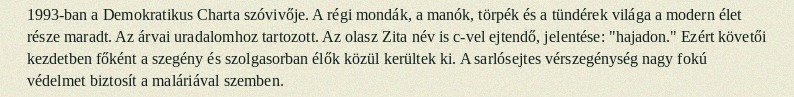
1993-ban a Demokratikus Charta szóvivője. A régi mondák, a manók, törpék és a tündérek világa a modern élet része maradt. Az árvai uradalomhoz tartozott. Az olasz Zita név is c-vel ejtendő, jelentése: "hajadon." Ezért követői kezdetben főként a szegény és szolgasorban élők közül kerültek ki. A sarlósejtes vérszegénység nagy fokú védelmet biztosít a maláriával szemben.